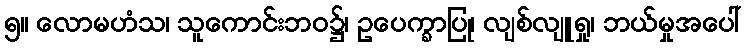
၅။ လောမဟံသ၊ သူကောင်းဘဝ၌၊ ဥပေက္ခာပြု၊ လျစ်လျူရှု၊ ဘယ်မှုအပေါ်